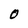
Character: O